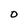
Character: 0